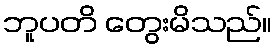
ဘူပတိ တွေးမိသည်။